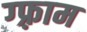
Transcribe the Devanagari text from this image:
ग्फ़्राम